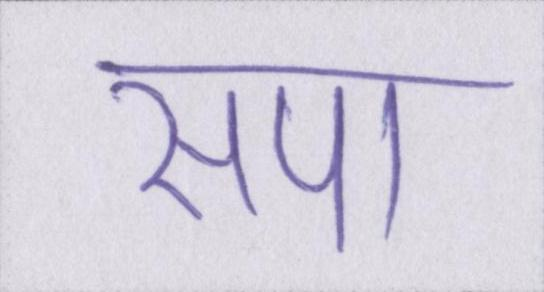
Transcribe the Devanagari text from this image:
सपा